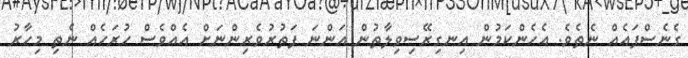
ގެނެސްފައެއް ނެތެވެ. އެހެންކަމުން އިނގިރޭސިވިލާތުން އަންނަ ފަތުރުވެރިންނަށް އެއްވެސް ހުރަހެއް ނެތި މިހާރު